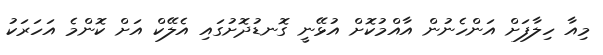
މިއާ ހިލާފަށް އަންހެނުން އާއްމުކޮށް އުޅޭނީ ގޮނޑުދޮށުގައި އެލޭކް އަށް ކޮންމެ އަހަރަކު